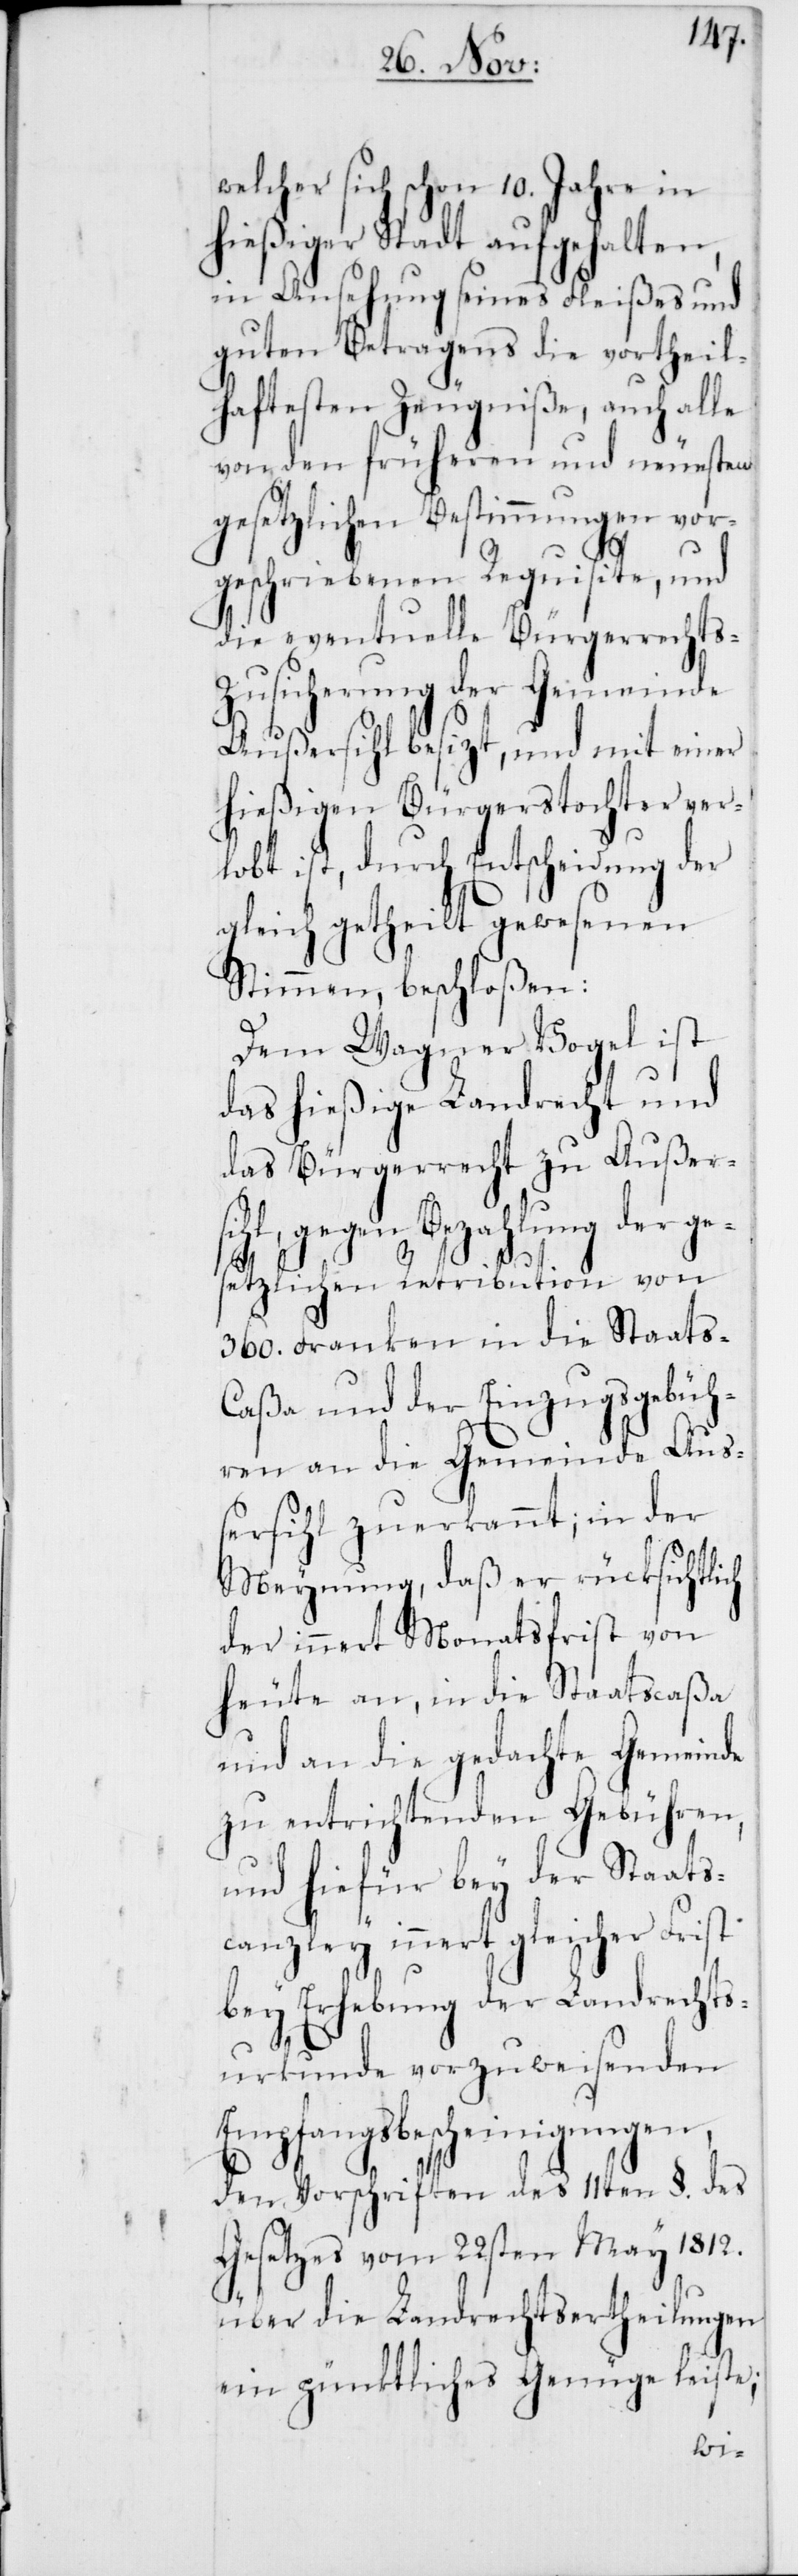
welcher sich schon 10. Jahre in
hießiger Stadt aufgehalten,
in Ansehung seines Fleißes und
guten Betragens die vortheil¬
haftesten Zeugniße, auch alle
von den früheren und neuesten
gesetzlichen Bestimmungen vor¬
geschriebenen Requisite, und
die eventuelle Bürgerrechts-Z¬
usicherung der Gemeinde
Außersihl besizt, und mit einer
ver¬
hießigen Bürgerstocht¬
lobt ist, durch Entscheidung der
gleich getheilt gewesenen
Stimmen, beschloßen:
Dem Wagner Vogel ist
das hießige Landrecht und
das Bürgerrecht zu Außers¬
ihl, gegen Bezahlung der ges¬
etzlichen Retribution von
360. Franken in die Staats-C¬
aßa und der Einzugsgebüh¬
ren an die Gemeinde Auß¬
ersihl zuerkannt, in der
Meynung, daß er rücksichtlich
der innert Monatsfrist von
heute an, in die Staatscaßa
und an die gedachte Gemeinde
zu entrichtenden Gebühren,
und hiefür bey der Staats¬
canzley innert gleicher Frist
bey Erhebung der Landrechts¬
urkunde vorzuweisenden
Empfangsbescheinigungen,
den Vorschriften des 11ten §. des
Gesetzes vom 22sten May 1812.
über die Landrechtsertheilungen
ein pünktliches Genüge leiste;
er